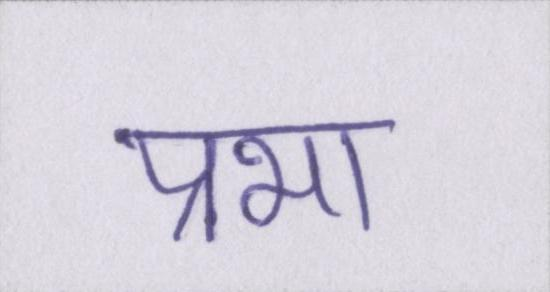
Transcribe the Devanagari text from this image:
प्रभा